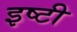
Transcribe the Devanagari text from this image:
इष्टी